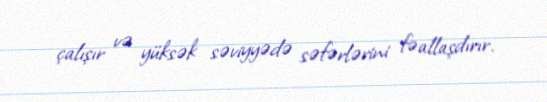
çalışır və yüksək səviyyədə səfərlərini fəallaşdırır.